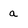
Character: a